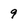
Character: 9